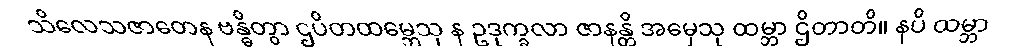
သိလေသဇာတေန ဗန္ဓိတွာ ဌပိတထမ္ဘေသု န ဥဒုက္ခလာ ဇာနန္တိ အမှေသု ထမ္ဘာ ဌိတာတိ။ နပိ ထမ္ဘာ